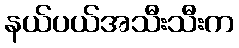
နယ်ပယ်အသီးသီးက